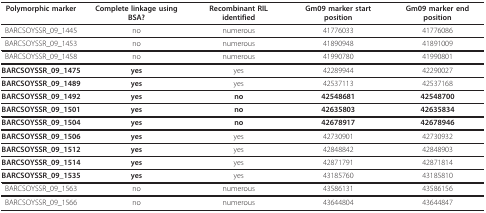
<table><thead><tr><td><b>Polymorphic marker</b></td><td><b>Complete linkage using BSA?</b></td><td><b>Recombinant RIL identified</b></td><td><b>Gm09 marker start position</b></td><td><b>Gm09 marker end position</b></td></tr></thead><tbody><tr><td>BARCSOYSSR_09_1445</td><td>no</td><td>numerous</td><td>41776033</td><td>41776086</td></tr><tr><td>BARCSOYSSR_09_1453</td><td>no</td><td>numerous</td><td>41890948</td><td>41891009</td></tr><tr><td>BARCSOYSSR_09_1458</td><td>no</td><td>numerous</td><td>41990780</td><td>41990801</td></tr><tr><td><b>BARCSOYSSR_09_1475</b></td><td><b>yes</b></td><td>yes</td><td>42289944</td><td>42290027</td></tr><tr><td><b>BARCSOYSSR_09_1489</b></td><td><b>yes</b></td><td>yes</td><td>42537113</td><td>42537168</td></tr><tr><td><b>BARCSOYSSR_09_1492</b></td><td><b>yes</b></td><td><b>no</b></td><td><b>42548681</b></td><td><b>42548700</b></td></tr><tr><td><b>BARCSOYSSR_09_1501</b></td><td><b>yes</b></td><td><b>no</b></td><td><b>42635803</b></td><td><b>42635834</b></td></tr><tr><td><b>BARCSOYSSR_09_1504</b></td><td><b>yes</b></td><td><b>no</b></td><td><b>42678917</b></td><td><b>42678946</b></td></tr><tr><td><b>BARCSOYSSR_09_1506</b></td><td><b>yes</b></td><td>yes</td><td>42730901</td><td>42730932</td></tr><tr><td><b>BARCSOYSSR_09_1512</b></td><td><b>yes</b></td><td>yes</td><td>42848842</td><td>42848903</td></tr><tr><td><b>BARCSOYSSR_09_1514</b></td><td><b>yes</b></td><td>yes</td><td>42871791</td><td>42871814</td></tr><tr><td><b>BARCSOYSSR_09_1535</b></td><td><b>yes</b></td><td>yes</td><td>43185760</td><td>43185810</td></tr><tr><td>BARCSOYSSR_09_1563</td><td>no</td><td>numerous</td><td>43586131</td><td>43586156</td></tr><tr><td>BARCSOYSSR_09_1566</td><td>no</td><td>numerous</td><td>43644804</td><td>43644847</td></tr></tbody></table>